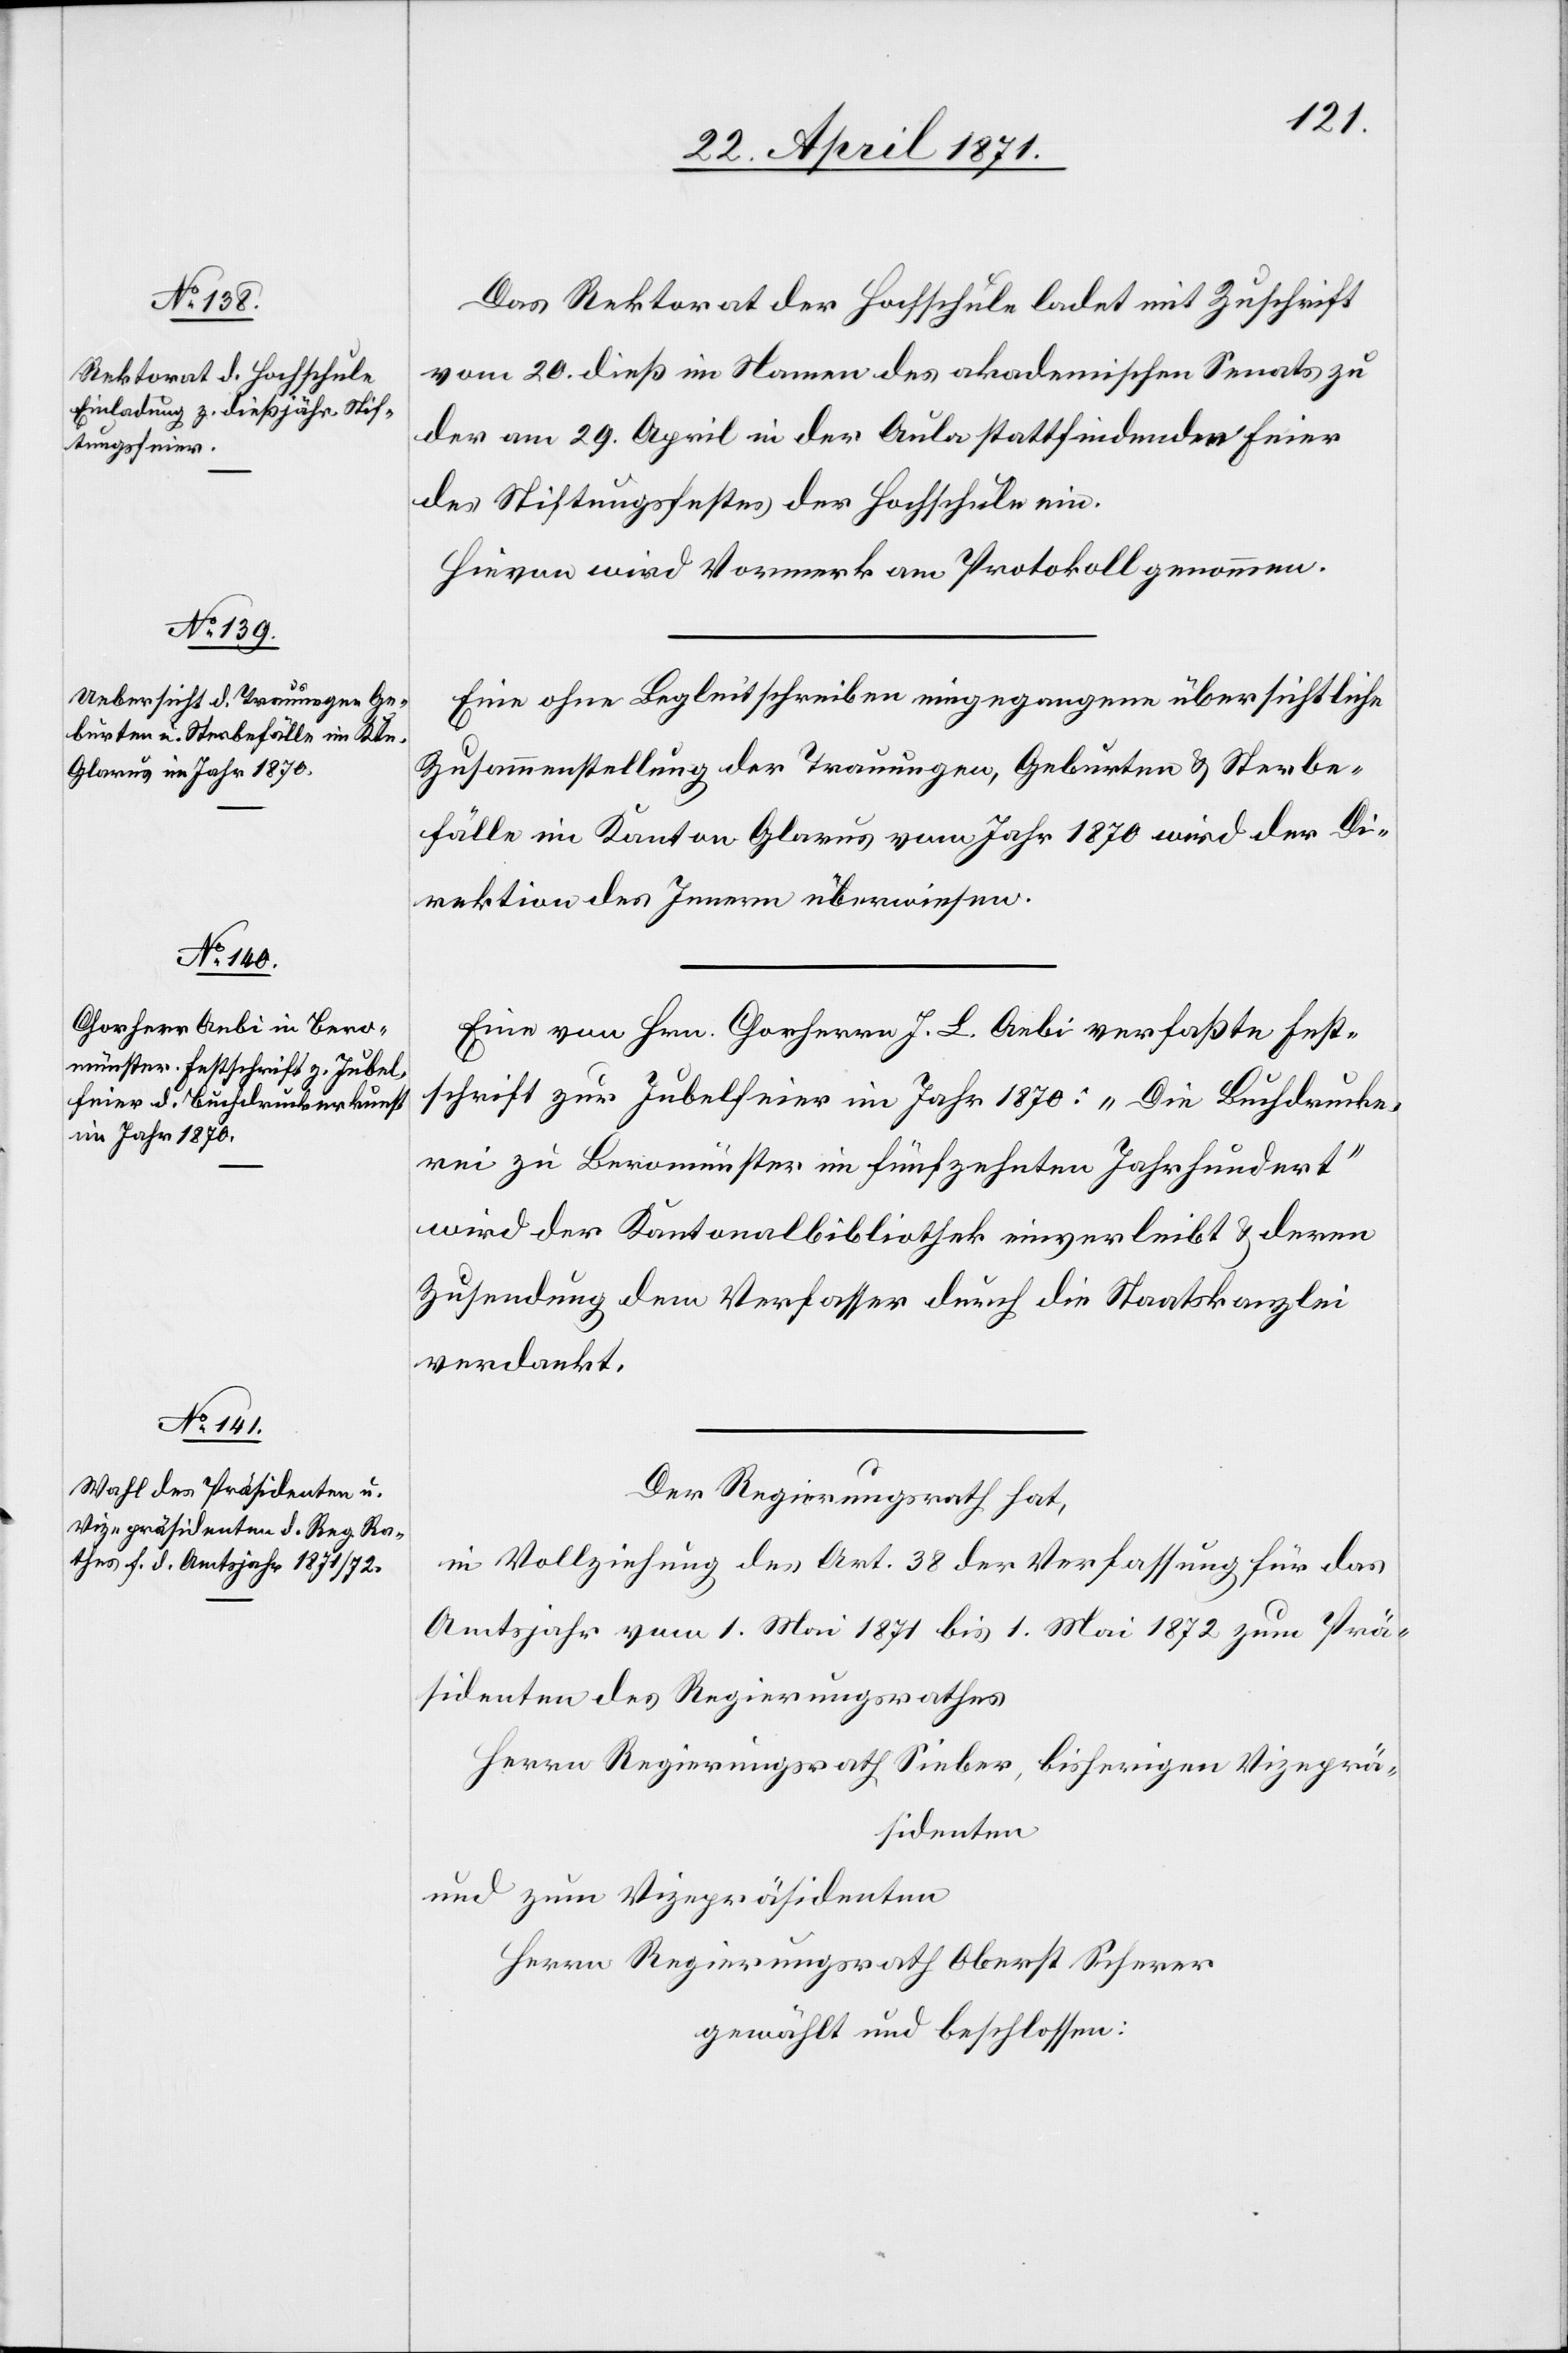
Das Rektorat der Hochschule ladet mit Zuschrift
vom 20. dieß im Namen des akademischen Senats zu
der am 29. April in der Aula stattfindenden Feier
des Stiftungsfestes der Hochschule ein.
Hievon wird Vormerk am Protokoll genommen.
Eine ohne Begleitschreiben eingegangene übersichtliche
Zusammenstellung der Trauungen, Geburten u. Sterbe¬
fälle im Kanton Glarus vom Jahr 1870 wird der Di¬
rektion des Innern überwiesen.
Eine von Hrn. Chorherrn J. L. Aebi verfaßte Fest¬
schrift zur Jubelfeier im Jahr 1870: „Die Buchdrucke¬
rei zu Beromünster im fünfzehnten Jahrhundert“
wird der Kantonalbibliothek einverleibt u. deren
Zusendung dem Verfasser durch die Staatskanzlei
verdankt.
Der Regierungsrath hat,
in Vollziehung des Art. 38 der Verfassung für das
Amtsjahr vom 1. Mai 1871 bis 1. Mai 1872 zum Prä¬
sidenten des Regierungsrathes
Herrn Regierungsrath Sieber, bisherigen Vizeprä¬
sidenten
und zum Vizepräsidenten
Herrn Regierungsrath Oberst Scherer
gewählt und beschlossen: